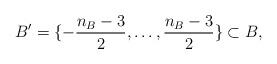
LaTeX: \begin{align*} B' = \{ - \frac{n_B-3}{2}, \dots, \frac{n_B-3}{2} \} \subset B, \end{align*}